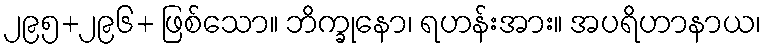
၂၉၅+၂၉၆+ ဖြစ်သော။ ဘိက္ခုနော၊ ရဟန်းအား။ အပရိဟာနာယ၊